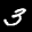
Label: 3